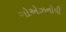
ગોએઝનોવી